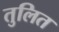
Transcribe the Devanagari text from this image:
तुलित